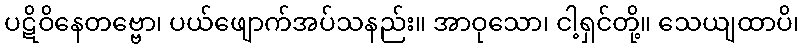
ပဋိဝိနေတဗ္ဗော၊ ပယ်ဖျောက်အပ်သနည်း။ အာဝုသော၊ ငါ့ရှင်တို့။ သေယျထာပိ၊